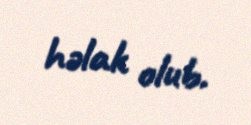
həlak olub.